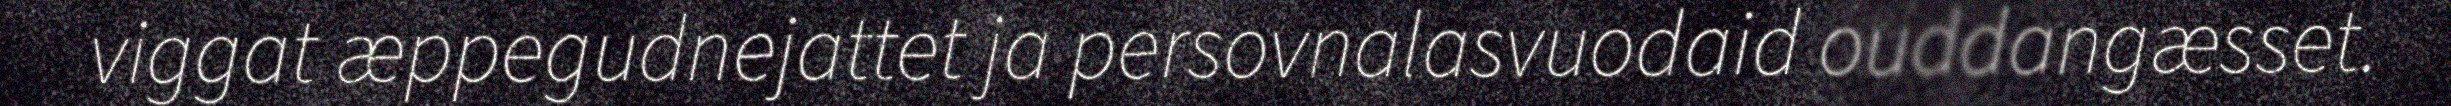
viggat æppegudnejattet ja persovnalasvuodaid ouddangæsset.